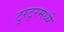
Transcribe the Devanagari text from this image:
टुरटूरमध्ये